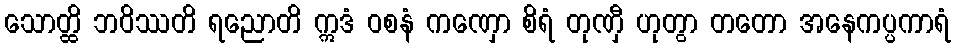
သောတ္ထိ ဘဝိဿတိ ရညောတိ ဣဒံ ဝစနံ ကဏှော စိရံ တုဏှီ ဟုတွာ တတော အနေကပ္ပကာရံ